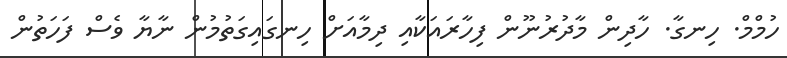
ހުމްމް. ހިނގާ. ހާދިން މާދުރުނޫން ފިހާރައަކާއި ދިމާއަށް ހިނގައިގަތުމުން ނާޔާ ވެސް ފަހަތުން